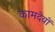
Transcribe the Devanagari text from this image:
कामदेवों